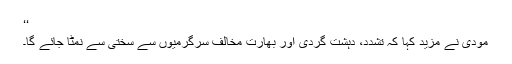
‘‘
مودی نے مزید کہا کہ تشدد، دہشت گردی اور بھارت مخالف سرگرمیوں سے سختی سے نمٹا جائے گا۔